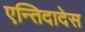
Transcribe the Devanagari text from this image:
एन्तिदादेस